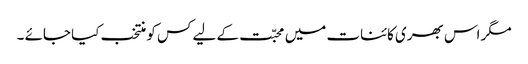
مگر اس بھری کائنات میں محبّت کے لیے کس کو منتخب کیا جائے ۔